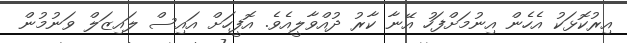
އިރުކޮޅަކު އެހެން އިނުމަށްފަހު އޭނާ ކާރު ދުއްވާލީއެވެ. އޮފީހަށް އައިސް ލައިޒަލް ވަނުމުން